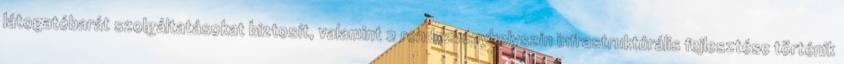
látogatóbarát szolgáltatásokat biztosít, valamint 2 rendezvényhelyszín infrastruktúrális fejlesztése történik